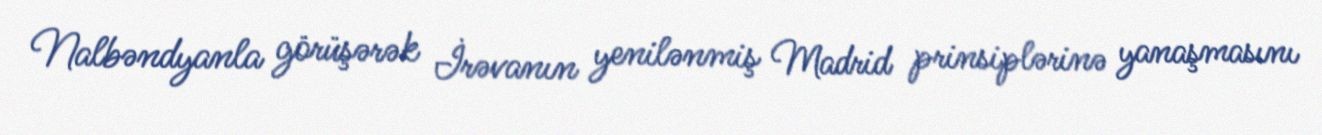
Nalbəndyanla görüşərək İrəvanın yenilənmiş Madrid prinsiplərinə yanaşmasını